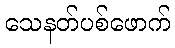
သေနတ်ပစ်ဖောက်